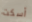
أسكت